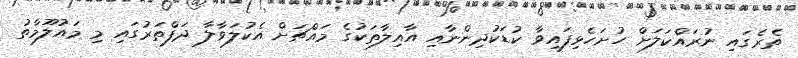
ތެރެގައި ނުރައްކަލަށް ހުށަހެޅިފައިވާ ކުޑަކުދިންނާއި އާއިލާތަކުގެ މައްޗަށް އެކުލަވާލާ ދަފްތަރުގައި މި މައުލޫމާތު